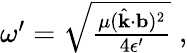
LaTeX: \begin{array}{r}{\omega^{\prime}=\sqrt{\frac{\mu(\hat{\mathbf{k}}\cdot{\mathbf{b}})^{2}}{4\epsilon^{\prime}}}\; ,}\end{array}